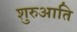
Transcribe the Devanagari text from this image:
शुरुआति